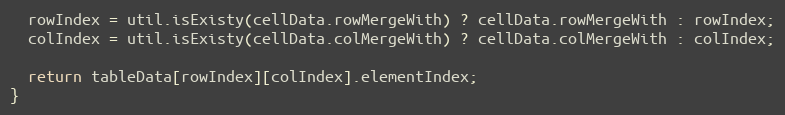
Language: JavaScript
  rowIndex = util.isExisty(cellData.rowMergeWith) ? cellData.rowMergeWith : rowIndex;
  colIndex = util.isExisty(cellData.colMergeWith) ? cellData.colMergeWith : colIndex;

  return tableData[rowIndex][colIndex].elementIndex;
}